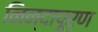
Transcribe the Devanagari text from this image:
निन्दापूर्ण